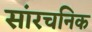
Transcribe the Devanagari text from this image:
सांरचनिक